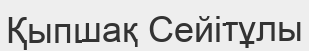
Қыпшақ Сейітұлы